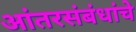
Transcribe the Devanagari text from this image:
आंतरसंबंधांचे